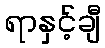
ရာနှင့်ချီ